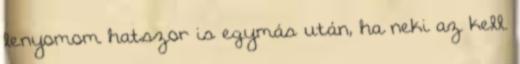
lenyomom hatszor is egymás után, ha neki az kell.